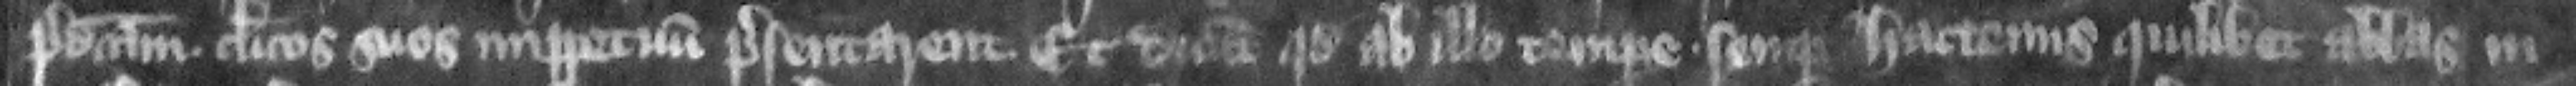
predictam clericos sos imperpetuum presentarent. Et dicunt quod ab illo tempore semper hactenus quilibet abbas in